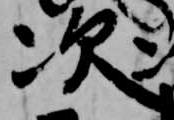
次